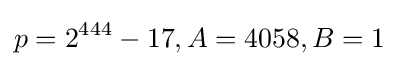
p=2^{444}-17,A=4058,B=1